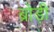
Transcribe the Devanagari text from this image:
ब्रोड़ी